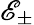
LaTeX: \mathscr{E}_{\pm}